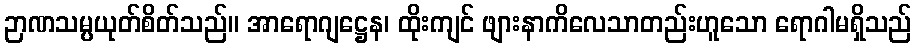
ဉာဏသမ္ပယုတ်စိတ်သည်။ အာရောဂျဋ္ဌေန၊ ထိုးကျင် ဖျားနာကိလေသာတည်းဟူသော ရောဂါမရှိသည်